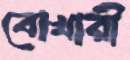
বোখারী